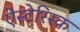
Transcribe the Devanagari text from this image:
ऐस्टेरिस्क